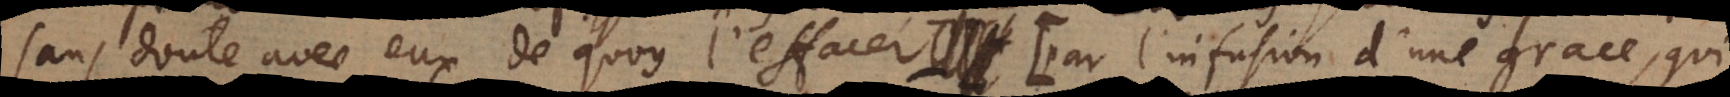
sans doute avec eux de quoy l’effacer (: par l’infusion d’une grace, qui